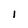
Character: I